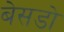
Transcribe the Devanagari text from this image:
बेसडो